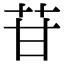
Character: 苷